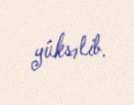
yüksəlib.